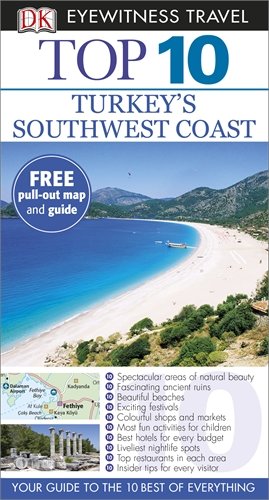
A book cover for DK Eyewitness Top 10 Travel Guide: Turkey's Southwest Coast; Collectif; Travel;